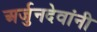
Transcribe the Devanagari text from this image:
अर्जुनदेवांनी